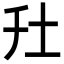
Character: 圱